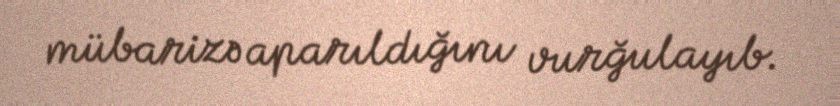
mübarizə aparıldığını vurğulayıb.